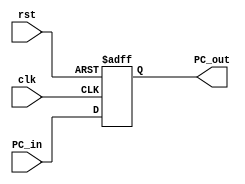
module PC (
	input [31:0] PC_in,
	output [31:0] PC_out,
	input clk,
	input rst
);

reg [31:0] PC;

always @(posedge clk or negedge rst) begin 
	if(!rst) begin 
		PC<=0;
	end
	else begin 
		PC <= PC_in;
	end
end

assign PC_out = PC;

endmodule